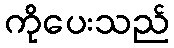
ကိုပေးသည်